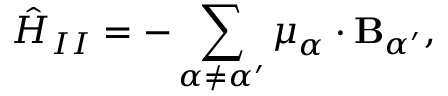
{ \hat { H } } _ { I I } = - \sum _ { \alpha \neq \alpha ^ { \prime } } { \boldsymbol { \mu } } _ { \alpha } \cdot \mathbf { B } _ { \alpha ^ { \prime } } ,